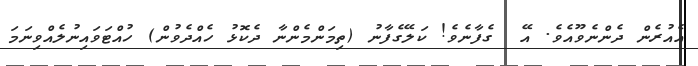
އެއުރެން ދެންނެވޫއެވެ. އޭ  ގެފާނެވެ! ކަލޭގެފާނު (ތިމަންމެންނާ ދެކޮޅު ހެއްދެވުން) ހުއްޓަވައިނުލެއްވިނަމަ